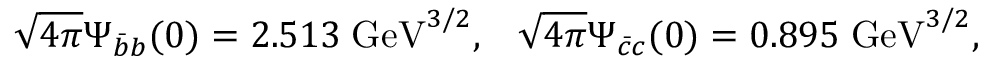
{ \sqrt { 4 \pi } } \Psi _ { \bar { b } b } ( 0 ) = 2 . 5 1 3 \; \mathrm { G e V } ^ { 3 / 2 } , \; \; \; { \sqrt { 4 \pi } } \Psi _ { \bar { c } c } ( 0 ) = 0 . 8 9 5 \; \mathrm { G e V } ^ { 3 / 2 } ,